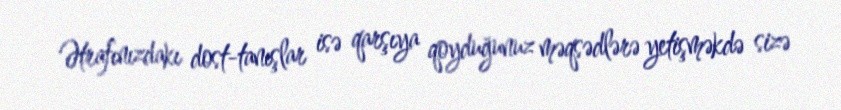
Ətrafınızdakı dost-tanışlar isə qarşıya qoyduğunuz məqsədlərə yetişməkdə sizə